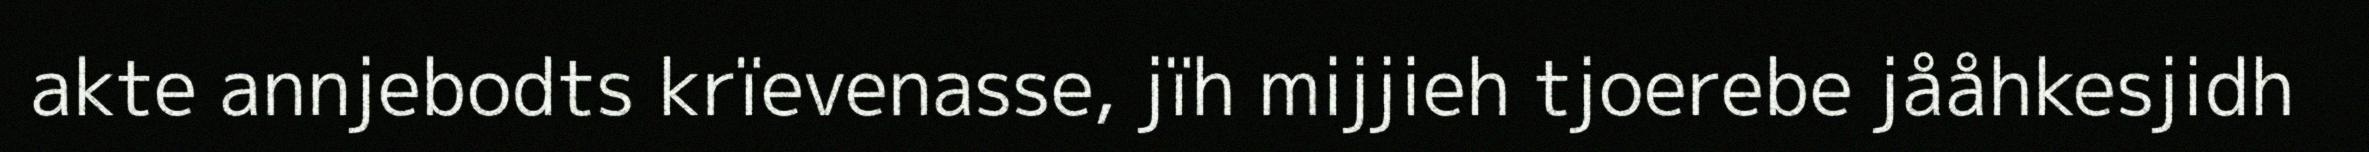
akte annjebodts krïevenasse, jïh mijjieh tjoerebe jååhkesjidh